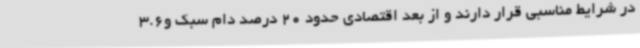
در شرایط مناسبی قرار دارند و از بعد اقتصادی حدود 20 درصد دام سبک و3.6